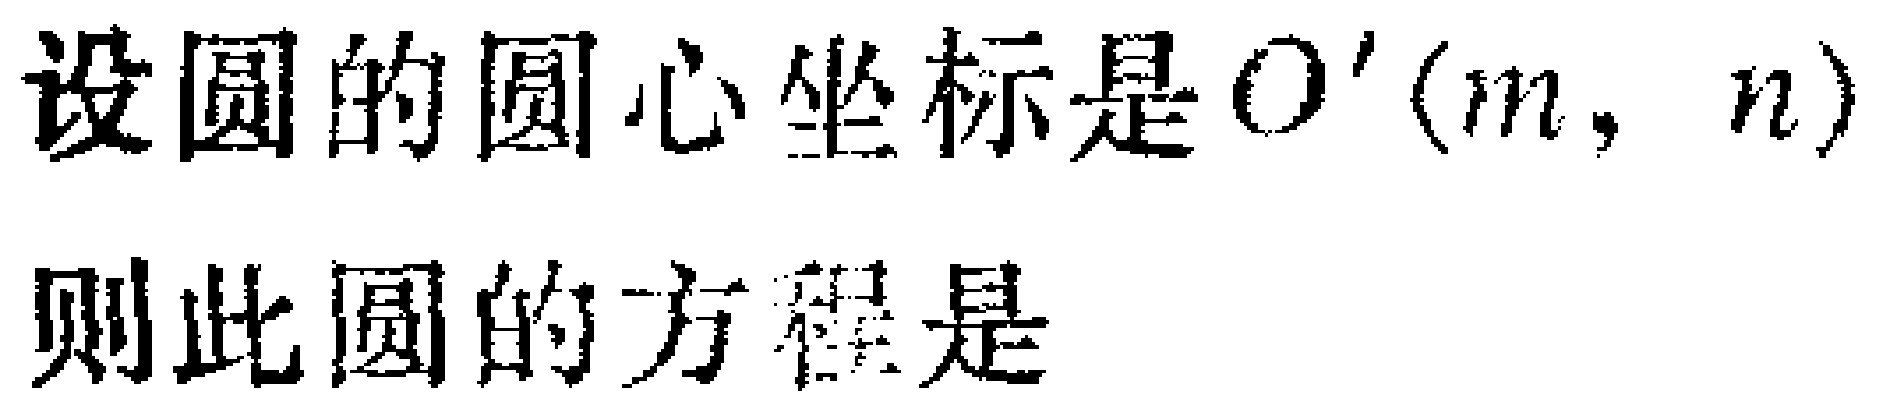
设圆的圆心坐标是\(O'(m,n)\)
则此圆的方程是